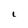
Character: l